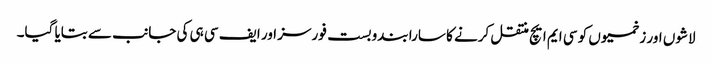
لاشوں اور زخمیوں کو سی ایم ایچ منتقل کرنے کا سارا بندوبست فورسز اور ایف سی ہی کی جانب سے بتایا گیا۔